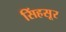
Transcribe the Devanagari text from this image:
सिंहसूर